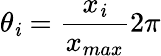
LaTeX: \theta_{\mathit{i}}={\frac{{x_{\mathit{i}}}}{{x_{max}}}}2\pi